Report of the Imperial Institute of Veterinary Research, Muktesar
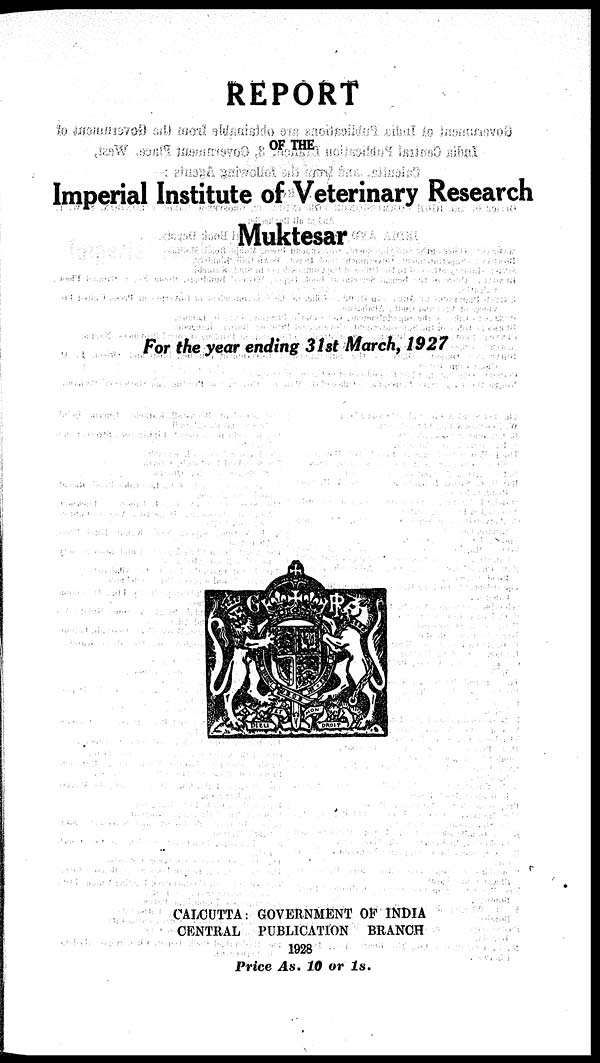
REPORT
OF THE
Imperial Institute of Veterinary Research
Muktesar
For the year ending 31st March, 1927
CALCUTTA : GOVERNMENT OF INDIA
CENTRAL PUBLICATION BRANCH
1928
Price As. 10 or 1s.